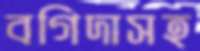
বগিদাসহ